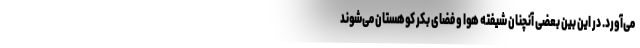
می‌آورد. در این بین بعضی آنچنان شیفته هوا و فضای بکر کوهستان می‌شوند